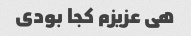
هی عزیزم کجا بودی